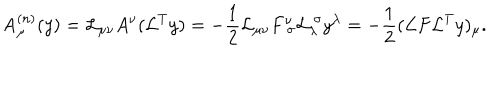
LaTeX: \mathrm { A } _ { \mu } ^ { ( n ) } ( y ) = { \cal L } _ { \mu \nu } A ^ { \nu } ( { \cal L } ^ { T } y ) = - \frac { 1 } { 2 } { \cal L } _ { \mu \nu } F _ { \ \sigma } ^ { \nu } { \cal L } _ { \lambda } ^ { \ \sigma } y ^ { \lambda } = - \frac { 1 } { 2 } ( { \cal L } F { \cal L } ^ { T } y ) _ { \mu } .